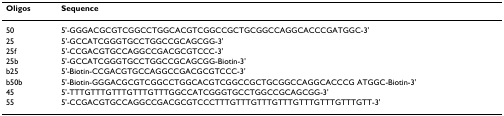
| Oligos | Sequence |
 | --- | --- |
 | 50 | 5'-GGGACGCGTCGGCCTGGCACGTCGGCCGCTGCGGCCAGGCACCCGATGGC-3' |
 | 25 | 5'-GCCATCGGGTGCCTGGCCGCAGCGG-3' |
 | 25f | 5'-CCGACGTGCCAGGCCGACGCGTCCC-3' |
 | 25b | 5'-GCCATCGGGTGCCTGGCCGCAGCGG-Biotin-3' |
 | b25 | 5'-Biotin-CCGACGTGCCAGGCCGACGCGTCCC-3' |
 | b50b | 5'-Biotin-GGGACGCGTCGGCCTGGCACGTCGGCCGCTGCGGCCAGGCACCCG ATGGC-Biotin-3' |
 | 45 | 5'-TTTGTTTGTTTGTTTGTTTGGCCATCGGGTGCCTGGCCGCAGCGG-3' |
 | 55 | 5'-CCGACGTGCCAGGCCGACGCGTCCCTTTGTTTGTTTGTTTGTTTGTTTGTTTGTT-3' |